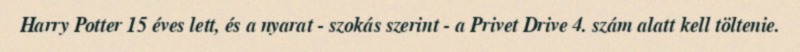
Harry Potter 15 éves lett, és a nyarat - szokás szerint - a Privet Drive 4. szám alatt kell töltenie.